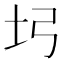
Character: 𡉖